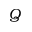
Q